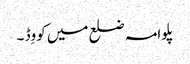
پلوامہ ضلع میں کووِڈ ۔